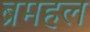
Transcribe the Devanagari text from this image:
ब्रमहल